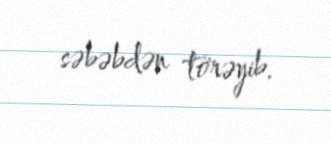
səbəbdən törəyib.